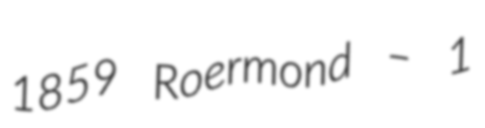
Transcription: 1859 Roermond – 1